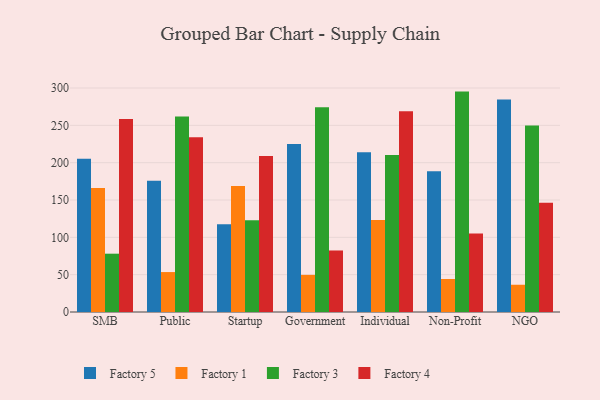
{"axis": {"x": "Segment", "y": "Headcount"}, "legend": ["Factory 1", "Factory 3", "Factory 4", "Factory 5"], "data": [{"x": "SMB", "y": 205.1, "type": "Factory 5"}, {"x": "SMB", "y": 166.0, "type": "Factory 1"}, {"x": "SMB", "y": 78.1, "type": "Factory 3"}, {"x": "SMB", "y": 258.6, "type": "Factory 4"}, {"x": "Public", "y": 175.8, "type": "Factory 5"}, {"x": "Public", "y": 53.5, "type": "Factory 1"}, {"x": "Public", "y": 261.9, "type": "Factory 3"}, {"x": "Public", "y": 234.2, "type": "Factory 4"}, {"x": "Startup", "y": 117.4, "type": "Factory 5"}, {"x": "Startup", "y": 168.6, "type": "Factory 1"}, {"x": "Startup", "y": 122.9, "type": "Factory 3"}, {"x": "Startup", "y": 209.1, "type": "Factory 4"}, {"x": "Government", "y": 225.1, "type": "Factory 5"}, {"x": "Government", "y": 49.7, "type": "Factory 1"}, {"x": "Government", "y": 274.2, "type": "Factory 3"}, {"x": "Government", "y": 82.4, "type": "Factory 4"}, {"x": "Individual", "y": 213.9, "type": "Factory 5"}, {"x": "Individual", "y": 123.2, "type": "Factory 1"}, {"x": "Individual", "y": 210.3, "type": "Factory 3"}, {"x": "Individual", "y": 268.9, "type": "Factory 4"}, {"x": "Non-Profit", "y": 188.5, "type": "Factory 5"}, {"x": "Non-Profit", "y": 44.2, "type": "Factory 1"}, {"x": "Non-Profit", "y": 295.2, "type": "Factory 3"}, {"x": "Non-Profit", "y": 105.0, "type": "Factory 4"}, {"x": "NGO", "y": 284.6, "type": "Factory 5"}, {"x": "NGO", "y": 36.5, "type": "Factory 1"}, {"x": "NGO", "y": 249.7, "type": "Factory 3"}, {"x": "NGO", "y": 146.3, "type": "Factory 4"}]}